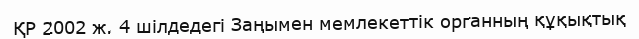
ҚР 2002 ж. 4 шілдедегі Заңымен мемлекеттік органның құқықтық